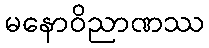
မနောဝိညာဏဿ